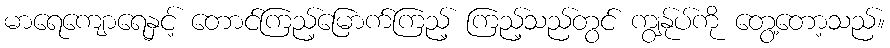
မာရေကျောရေနှင့် တောင်ကြည့်မြောက်ကြည့် ကြည့်သည်တွင် ကျွန်ုပ်ကို တွေ့တော့သည်။